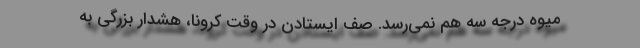
میوه درجه سه هم نمی‌رسد. صف ایستادن در وقت کرونا، هشدار بزرگی به